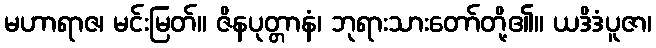
မဟာရာဇ၊ မင်းမြတ်။ ဇိနပုတ္တာနံ၊ ဘုရားသားတော်တို့၏။ ယဒိဒံပူဇာ၊